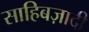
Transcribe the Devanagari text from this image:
साहिबज़ादी